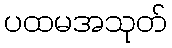
ပထမအသုတ်